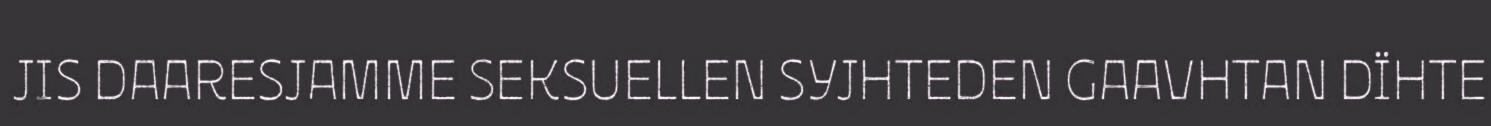
JIS DAARESJAMME SEKSUELLEN SYJHTEDEN GAAVHTAN DÏHTE